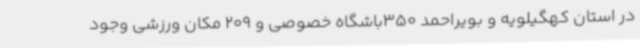
در استان کهگیلویه و بویراحمد 350باشگاه خصوصی و 209 مکان ورزشی وجود